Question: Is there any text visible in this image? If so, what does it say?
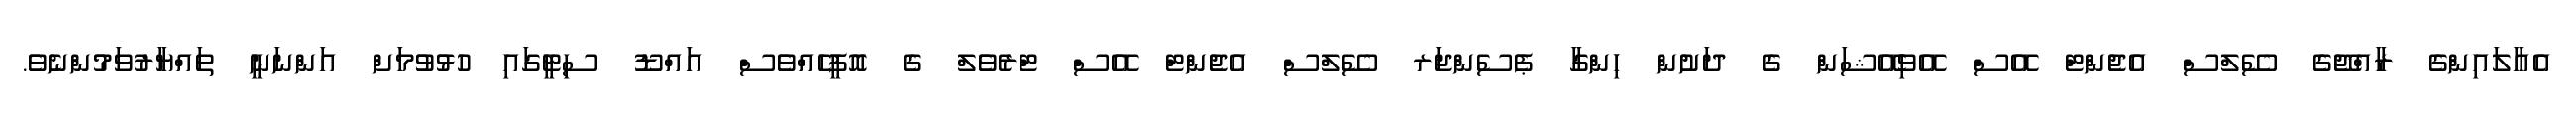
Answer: އެއާލައިންގެ ރާއްޖޭގެ ސޭލްސް އެޖެންޓް އޭސް އޭވިއޭޝަން ގެ ދަށުން ހިންގާ ޕެސެންޖަރ ސޭލްސް އެޖެންޓް އޭސް ޓްރެވެލް ގެ އޮފީހެއްވެސް އައްޑޫ ސިޓީގައި ހުޅުވުމަށް އަންނަނީ ތައްޔާރުވަމުންނެވެ.